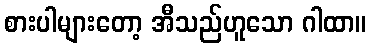
စားပါများတော့ အီသည်ဟူသော ဂါထာ။